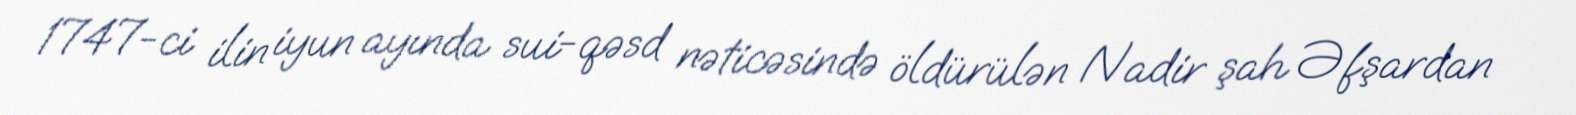
1747-ci ilin iyun ayında sui-qəsd nəticəsində öldürülən Nadir şah Əfşardan